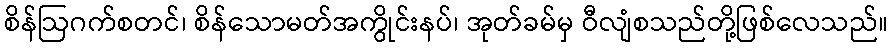
စိန်ဩဂက်စတင်၊ စိန်သောမတ်အကွိုင်းနပ်၊ အုတ်ခမ်မှ ဝီလျံစသည်တို့ဖြစ်လေသည်။